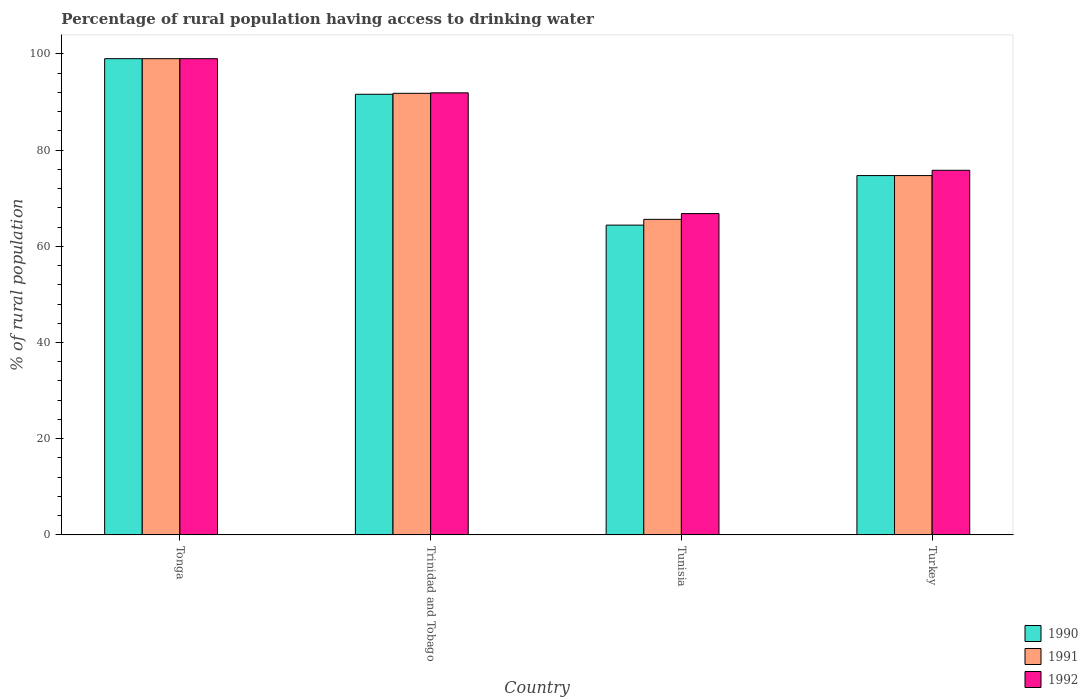
| Country | 1990 | 1991 | 1992 |
 | --- | --- | --- | --- |
 | Tonga | 99 | 99 | 99 |
 | Trinidad and Tobago | 91.6 | 91.8 | 91.9 |
 | Tunisia | 64.4 | 65.6 | 66.8 |
 | Turkey | 74.7 | 74.7 | 75.8 |